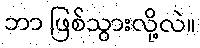
ဘာ ဖြစ်သွားလို့လဲ။